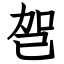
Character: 㠰